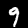
Digit: 9